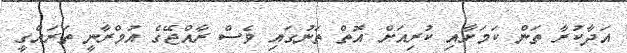
އަދާކުރާ ތަން ކަމަށާއި ކުރިއަށް އޮތް ތަނުގައި ވެސް ރާއްޖޭގެ އުމްރާނީ ތަރައްގީ